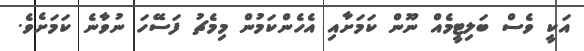
އަކީ ވެސް ބަލިޓީމެއް ނޫން ކަމަށާއި އެހެންކަމުން މިމެޗު ފަސޭހަ ނުވާނެ ކަމަށެވެ.